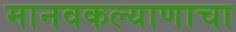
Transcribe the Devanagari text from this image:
मानवकल्याणाचा